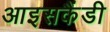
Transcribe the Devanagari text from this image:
आइसकैंडी